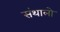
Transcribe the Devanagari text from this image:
संथालो